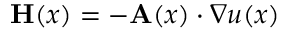
\mathbf { H } ( x ) = - \mathbf { A } ( x ) \cdot \nabla u ( x )